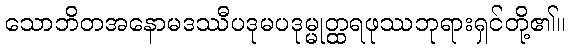
သောဘိတအနောမဒဿီပဒုမပဒုမ္မုတ္ထရဖုဿဘုရားရှင်တို့၏။